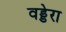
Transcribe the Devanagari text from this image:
वड्डेरा